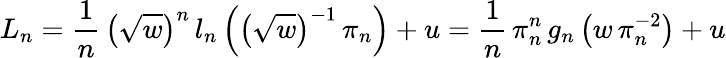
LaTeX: L_{n}=\frac{1}{n}\, \left(\sqrt{w}\right)^{n}\, l_{n}\left(\left(\sqrt{w}\right)^{-1}\, \pi_{n}\right)+u=\frac{1}{n}\, \pi_{n}^{n}\, g_{n}\left(w\, \pi_{n}^{-2}\right)+u